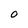
Character: O